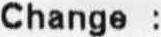
CHANGE :